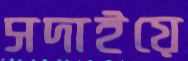
সদাইয়ে